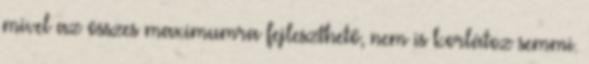
mivel az összes maximumra fejleszthető, nem is korlátoz semmi.